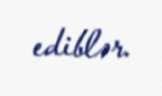
ediblər.